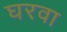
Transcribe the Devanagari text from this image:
घरवा